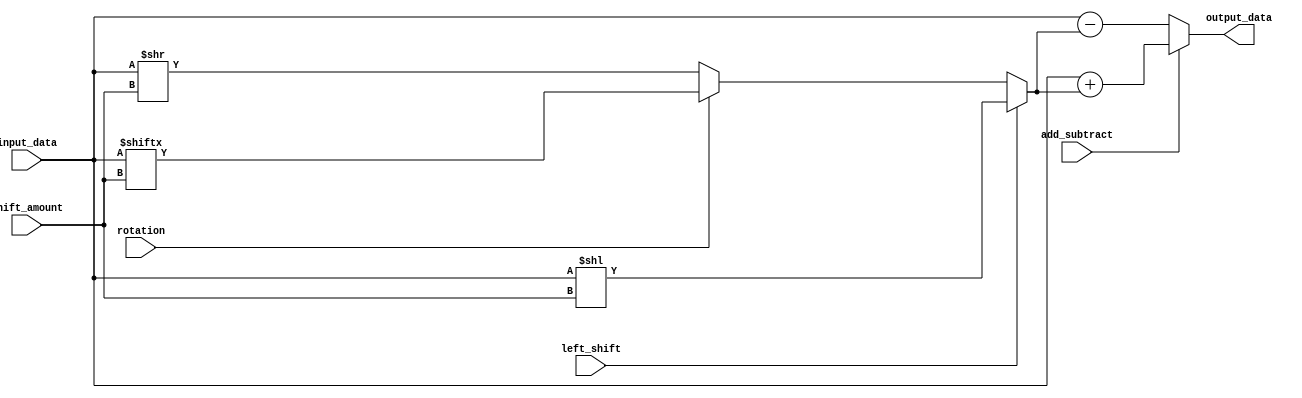
module Hybrid_Barrel_Shifter (
    input wire [7:0] input_data,
    input wire [2:0] shift_amount,
    input wire left_shift,
    input wire rotation,
    input wire add_subtract,
    output reg [7:0] output_data
);

reg [7:0] shifted_data;

always @(*) begin
    if (left_shift) 
        shifted_data = input_data << shift_amount;
    else if (rotation)
        shifted_data = {input_data[shift_amount - 1:0], input_data[7:shift_amount]};
    else
        shifted_data = input_data >> shift_amount;
    
    if (add_subtract)
        output_data = input_data + shifted_data;
    else
        output_data = input_data - shifted_data;
end

endmodule